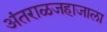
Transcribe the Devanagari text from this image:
अंतराळजहाजाला